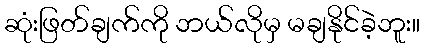
ဆုံးဖြတ်ချက်ကို ဘယ်လိုမှ မချနိုင်ခဲ့ဘူး။